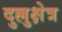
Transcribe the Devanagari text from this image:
दुल्लुक्षेत्र